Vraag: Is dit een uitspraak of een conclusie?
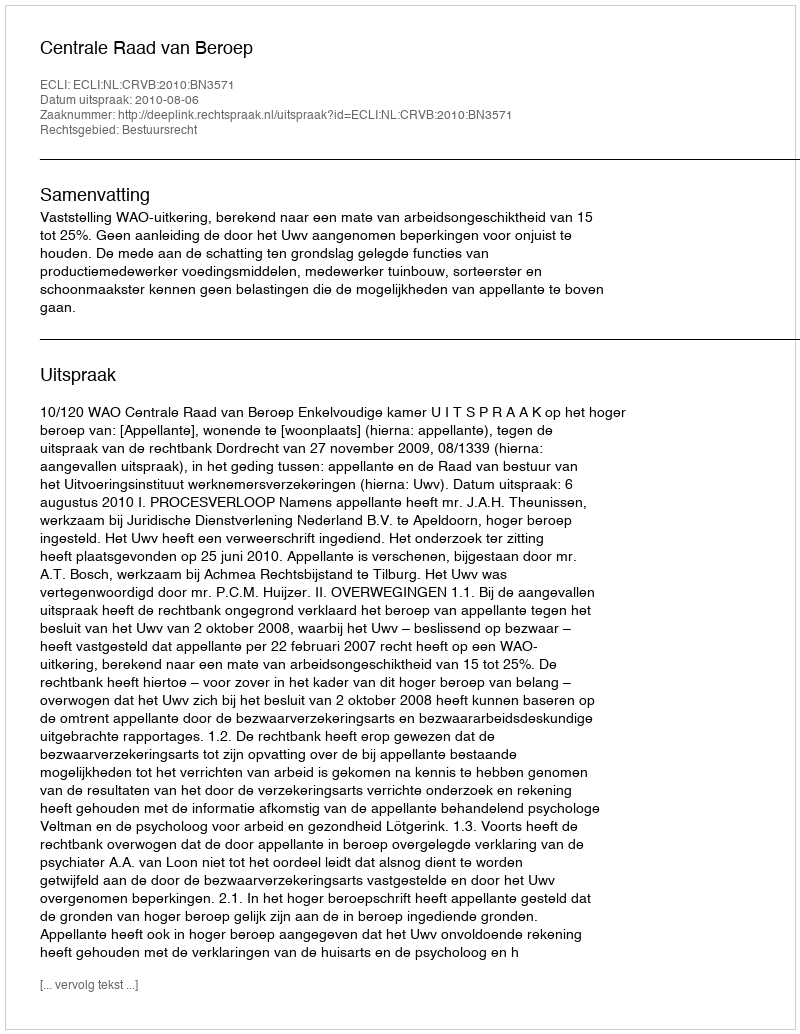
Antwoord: Uitspraak